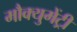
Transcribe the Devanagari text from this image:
मौक्युमेंट्री